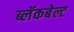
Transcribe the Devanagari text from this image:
ब्लॅकबेल्ट